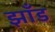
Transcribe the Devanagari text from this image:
झाँड